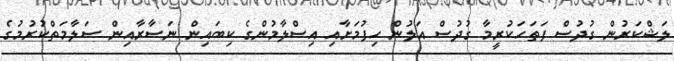
ލަޝްކަރުން ގުދުސް ފަތަހަކުރީމާ ގުދުސް އަލުން ހިފުމަށާއި އިސްލާމުންގެ ކިބައިން ނަސާރާއިން ސަލާމަތްކުރުމުގެ